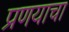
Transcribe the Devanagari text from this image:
प्रणयाचा